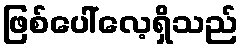
ဖြစ်ပေါ်လေ့ရှိသည်